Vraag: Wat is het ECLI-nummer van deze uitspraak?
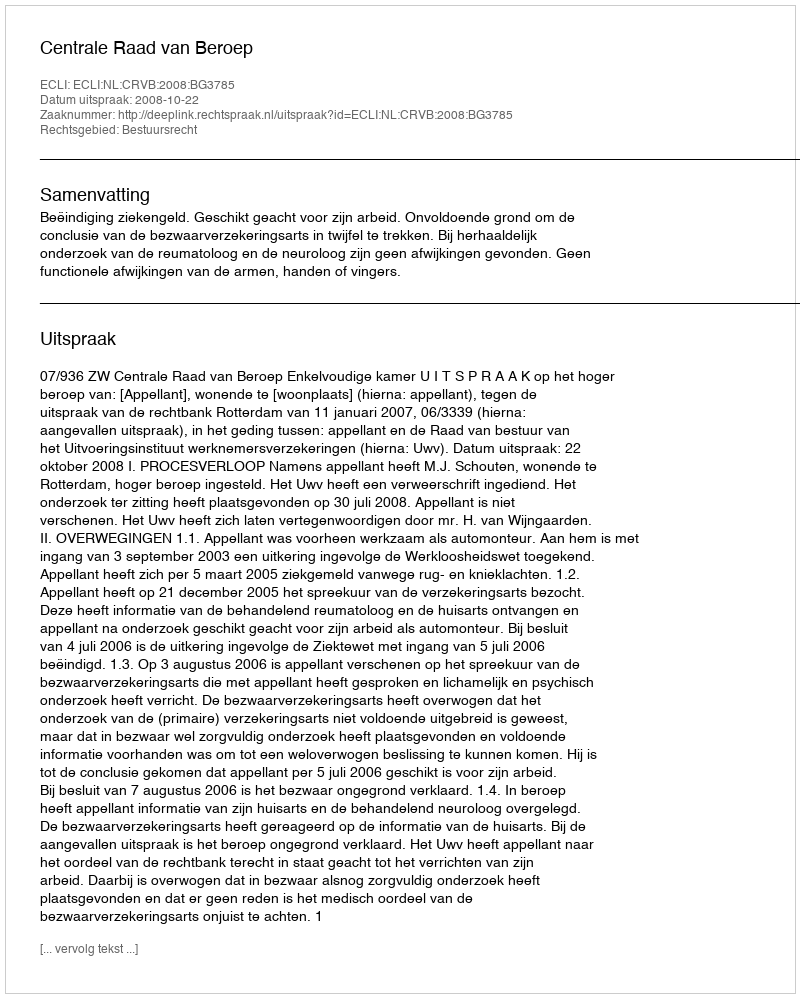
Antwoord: ECLI:NL:CRVB:2008:BG3785